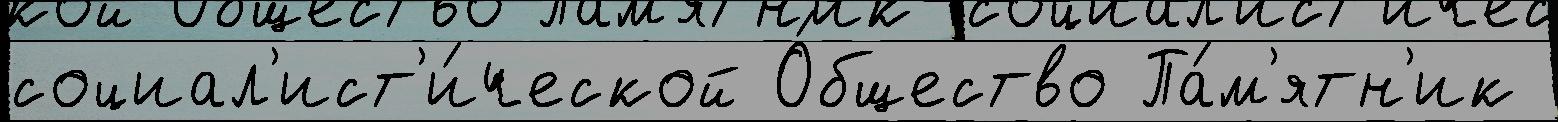
социал'ист'и́ческой О́бщество Па́м'ятн'ик